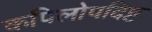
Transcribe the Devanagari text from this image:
कपिलोपदिष्ट